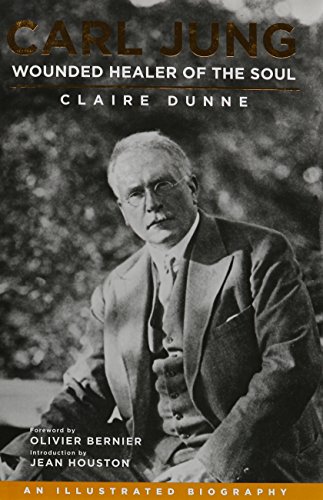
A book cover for Carl Jung: Wounded Healer of the Soul: An Illustrated Biography; Claire Dunne; Biographies & Memoirs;